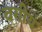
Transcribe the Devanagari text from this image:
वगीय